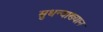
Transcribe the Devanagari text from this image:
सुधन्वाख्यान